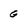
Character: G